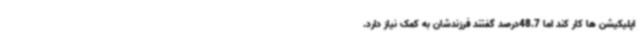
اپلیکیشن ها کار کند اما 48.7درصد گفتند فرزندشان به کمک نیاز دارد.